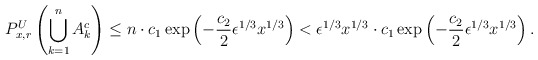
\begin{align*}P_{x,r}^U\left(\bigcup_{k=1}^n A_k^c \right)\leq n \cdot c_1 \exp\left(-\frac{c_2}{2} \epsilon^{1/3} x^{1/3} \right)< \epsilon^{1/3} x^{1/3} \cdot c_1 \exp\left(-\frac{c_2}{2} \epsilon^{1/3} x^{1/3} \right).\end{align*}